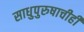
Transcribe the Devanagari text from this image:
साधुपुरुषाचीही